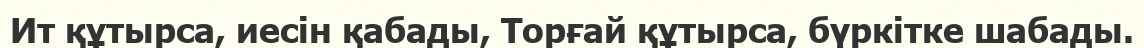
Ит құтырса, иесін қабады, Торғай құтырса, бүркітке шабады.